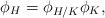
LaTeX: \begin{align*}\phi_H = \phi_{H/K}\phi_K, \end{align*}